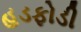
હડફોડી